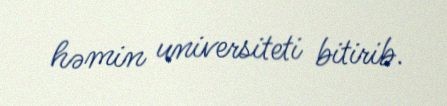
həmin universiteti bitirib.